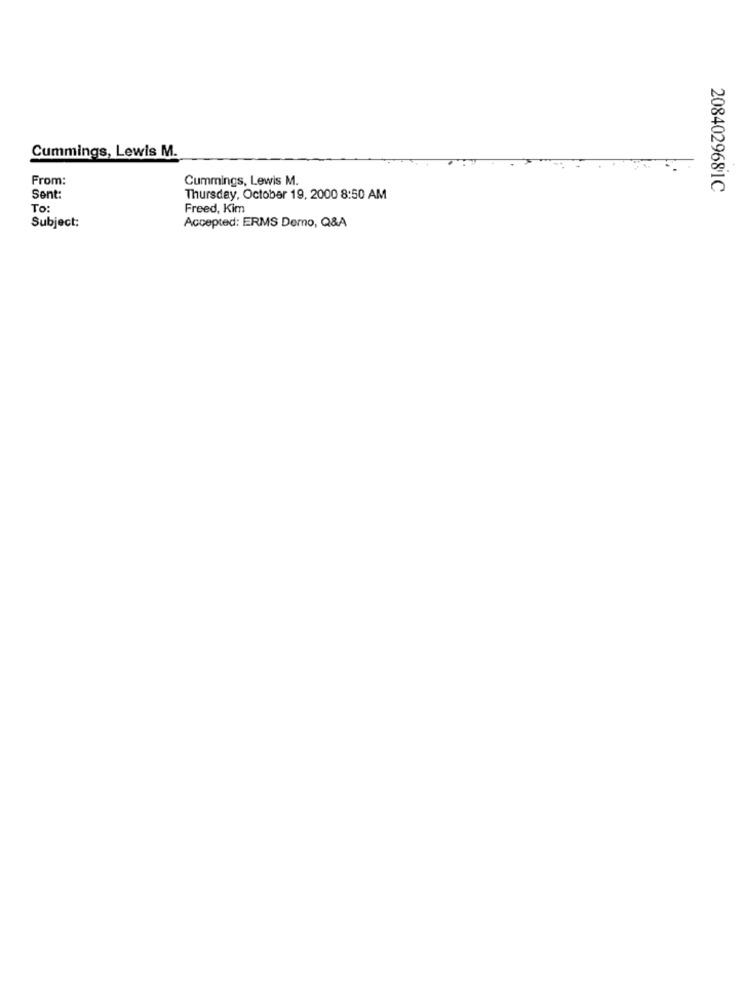
Cummings, Lewis M.
From:
Cummings, Lewis M.
2084029681C
Sent:
Thursday, October 19, 2000 8:50 AM
To:
Freed, Kim
Subject:
Accepted: ERMS Demo, Q&A